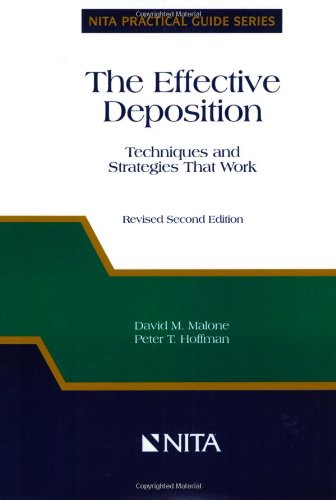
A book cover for The Effective Deposition: Techniques and Strategies That Work (Nita Practical Guide Series); David M. Malone; Law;